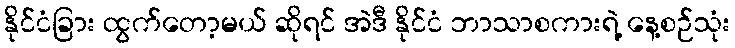
နိုင်ငံခြား ထွက်တော့မယ် ဆိုရင် အဲဒီ နိုင်ငံ ဘာသာစကားရဲ့ နေ့စဉ်သုံး